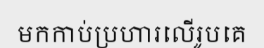
មកកាប់ប្រហារលើរូបគេ